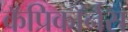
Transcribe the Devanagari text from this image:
कॅप्रिकॉर्नस